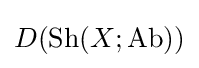
D({\text{Sh}}(X;{\text{Ab}}))